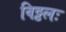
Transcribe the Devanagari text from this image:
विठ्ठलः